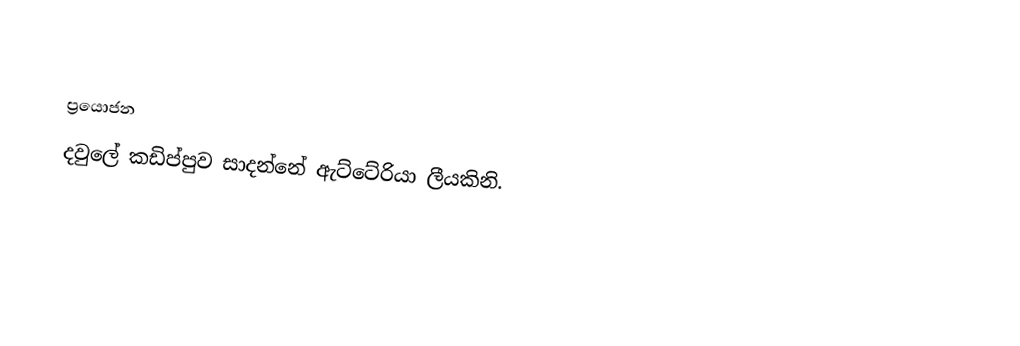

ප්‍රයොජන
දවුලේ කඩිප්පුව සාදන්නේ ඇට්ටේරියා ලීයකිනි.